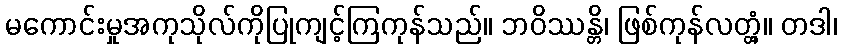
မကောင်းမှုအကုသိုလ်ကိုပြုကျင့်ကြကုန်သည်။ ဘဝိဿန္တိ၊ ဖြစ်ကုန်လတ္တံ့။ တဒါ၊